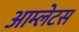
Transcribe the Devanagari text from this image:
आम्लेटस